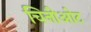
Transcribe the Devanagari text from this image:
चिनीओट